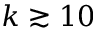
k \gtrsim 1 0